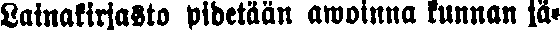
Lainakirjasto pidetään awoinna kunnan jä-